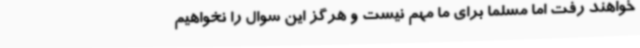
خواهند رفت اما مسلما برای ما مهم نیست و هرگز این سوال را نخواهیم